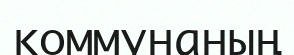
коммунаның